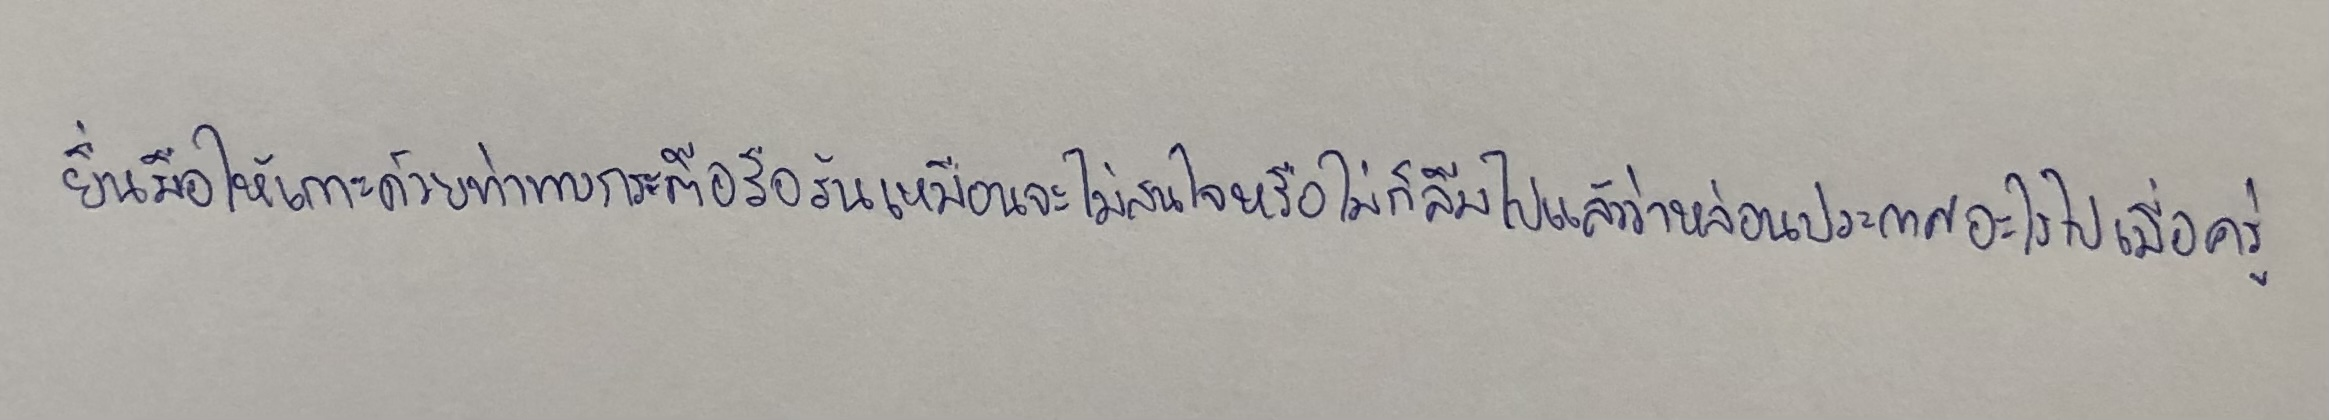
ยื่นมือให้เกาะด้วยท่าทางกระตือรือร้นเหมือนจะไม่สนใจหรือไม่ก็ลืมไปแล้วว่าหล่อนประกาศอะไรไปเมื่อครู่